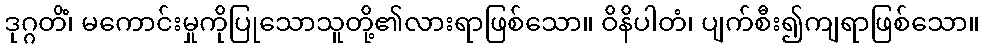
ဒုဂ္ဂတိံ၊ မကောင်းမှုကိုပြုသောသူတို့၏လားရာဖြစ်သော။ ဝိနိပါတံ၊ ပျက်စီး၍ကျရာဖြစ်သော။